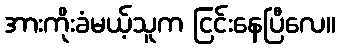
အားကိုးခံမယ့်သူက ငြင်းနေပြီလေ။